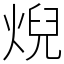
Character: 𤊓